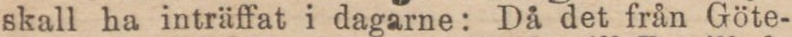
skall ha inträffat i dagarne: Då det från Göte-